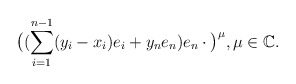
\begin{align*} \big((\sum_{i=1}^{n-1}(y_i-x_i)e_i+y_ne_n)e_n\cdot\big)^{\mu},\mu\in{\mathbb C}.\end{align*}